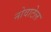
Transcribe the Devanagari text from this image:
नोवाटेल